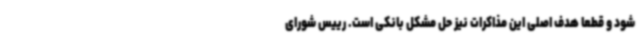
شود و قطعاً هدف اصلی این مذاکرات نیز حل مشکل بانکی است. رییس شورای